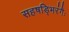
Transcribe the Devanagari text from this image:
सहषड्भिरंगैः